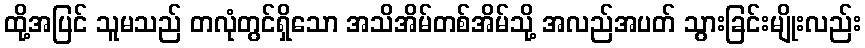
ထို့အပြင် သူမသည် တလုံတွင်ရှိသော အသိအိမ်တစ်အိမ်သို့ အလည်အပတ် သွားခြင်းမျိုးလည်း